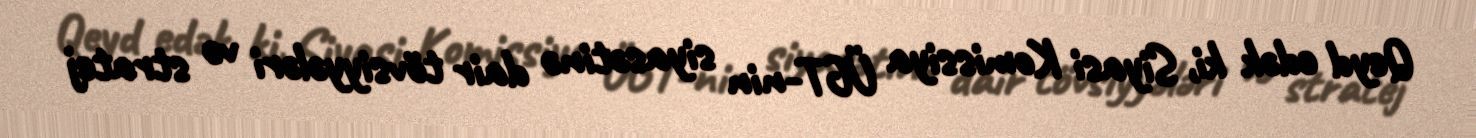
Qeyd edək ki, Siyasi Komissiya ÜGT-nin siyasətinə dair tövsiyyələri və stratej